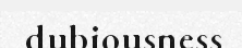
dubiousness